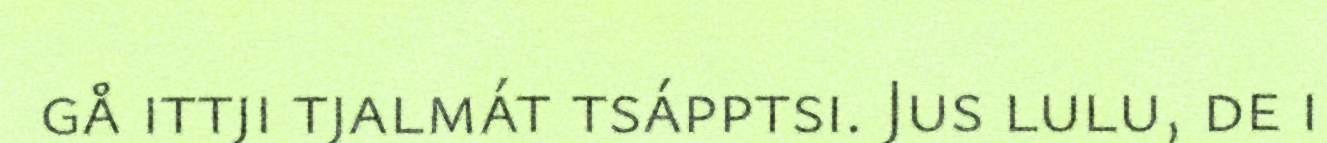
gå ittji tjalmát tsápptsi. Jus lulu, de i